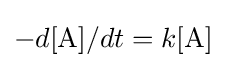
-{d[{\ce {A}}]}/{dt}=k[{\ce {A}}]